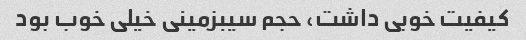
کیفیت خوبی داشت، حجم سیبزمینی خیلی خوب بود